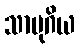
သာမုဂိယ